Bulletin of the Pasteur Institute of Southern India, Coonoor - No. 2.
Year: 1909
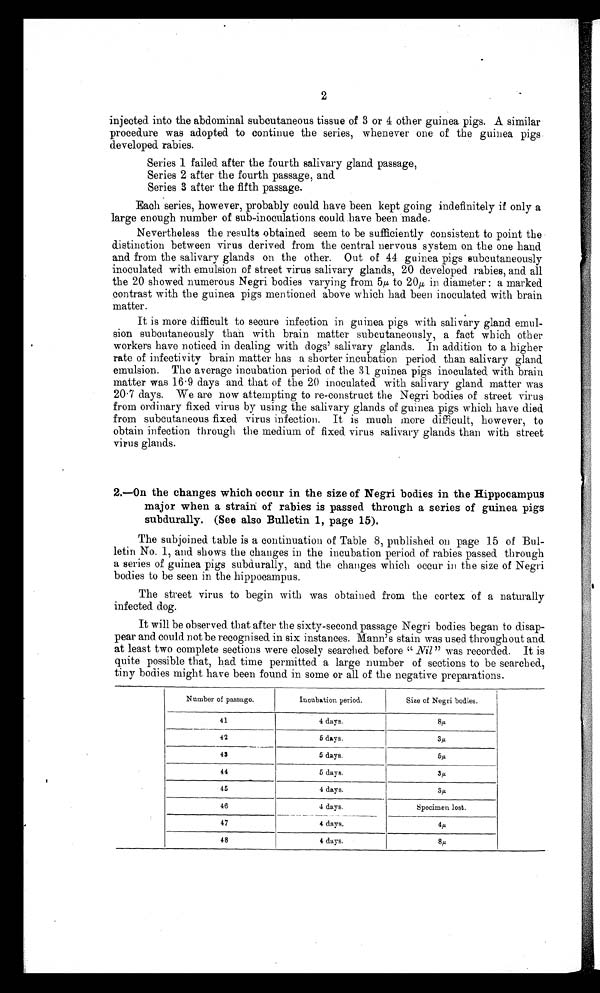
2
injected into the abdominal subcutaneous tissue of 3 or 4 other guinea pigs. A similar
procedure was adopted to continue the series, whenever one of the guinea pigs
developed rabies.
Series 1 failed after the fourth salivary gland passage,
Series 2 after the fourth passage, and
Series 3 after the fifth passage.
Each series, however, probably could have been kept going indefinitely if only a
large enough number of sub-inoculations could .have been made-
Nevertheless the results obtained seem to be sufficiently consistent to point the
distinction between virus derived from the central nervous system on the one hand
and from the salivary glands on the other. Out of 44 guinea pigs subcutaneously
inoculated with emulsion of street virus salivary glands, 20 developed rabies, and all
the 20 showed numerous Negri bodies varying from 5µ to 20 in diameter : a marked
contrast with the guinea pigs mentioned above which had been inoculated with brain
matter.
It is more difficult to secure infection in guinea pigs with salivary gland emul-
sion subcutaneously than with brain matter subcutaneously, a fact which other
workers have noticed in dealing with dogs' salivary glands. Iii addition to a higher
rate of infectivity brain matter has a shorter incubation period than salivary gland
emulsion. The average incubation period of the 31 guinea pigs inoculated with brain
matter was 16 . 9 days and that of the 20 inoculated with salivary gland matter was
20 . 7 days. We are now attempting to re-construct the Negri bodies of street virus
from ordinary fixed virus by using the salivary glands of guinea pigs which have died
from subcutaneous fixed virus infection. It is much more difficult, however, to
obtain infection through the medium of fixed. virus salivary glands than with street
virus glands.
2.—On the changes which occur in the size of Negri bodies in the Hippocampus
major when a strain of rabies is passed through a series of guinea pigs
subdurally. (See also Bulletin 1, page 15).
The subjoined table is a continuation of Table 8, published on page 15 of Bul-
letin No. 1, and shows the changes in the incubation period of rabies passed through
a series of guinea pigs subdurally, and. the changes which occur in the size of Negri
bodies to be seen in the hippocampus.
The street virus to begin with was obtained from the cortex of a naturally
infected dog.
It will be observed that after the sixty-second passage Negri bodies began to disap-
pear and could not be recognised in six instances. Mann's stain was used throughout and
at least two complete sections were closely searched. before "Nil" was recorded. It is
quite possible that, had time permitted a large number of sections to be searched,
tiny bodies might have been found in some or all of the negative preparations.
Number of passage.
Incubation period.
Size of Negri bodies.
41
4 days.
8 µ
42
5 days.
3 µ
43
5 days.
5µ
44
5 days.
3µ
45
4 days.
3 µ
46
4 days.
4 days.
Specimen lost.
47
4 4
48
4 days.
8 µ